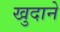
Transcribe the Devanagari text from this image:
खुदाने